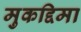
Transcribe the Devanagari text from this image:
मुकद्दिमा